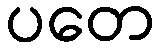
ပတေ